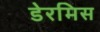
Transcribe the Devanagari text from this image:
डेरमिस